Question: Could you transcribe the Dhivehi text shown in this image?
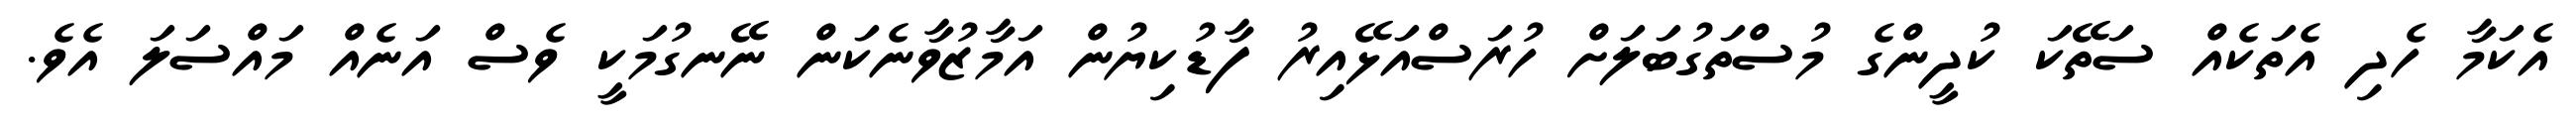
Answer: އެކަމާ ހެދި އެތަކެއް ސަތޭކަ ކުދީންގެ މުސްތަގުބަލަށް ހުރަސްއަޅޭއިރު ފާޑުކިޔުން އަމާޒުވާނެކަން ނޭނގުމަކީ ވެސް އަނެއް މައްސަލަ އެވެ.